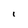
Character: i